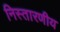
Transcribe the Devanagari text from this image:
निस्तारणीय